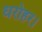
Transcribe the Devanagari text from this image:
धरोहर।